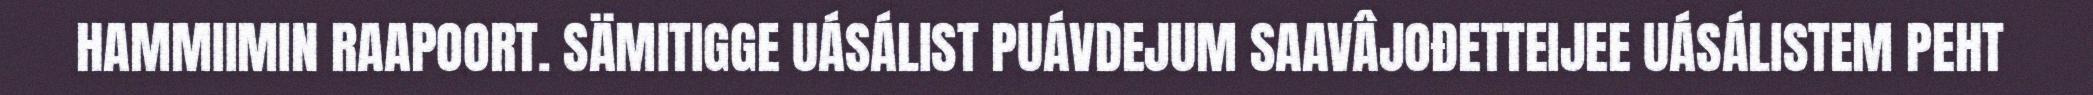
HAMMIIMIN RAAPOORT. SÄMITIGGE UÁSÁLIST PUÁVDEJUM SAAVÂJOĐETTEIJEE UÁSÁLISTEM PEHT